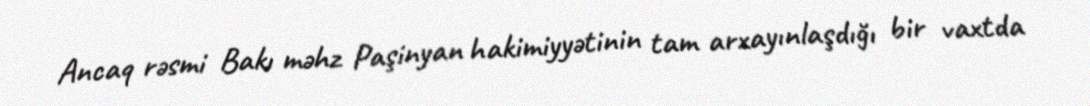
Ancaq rəsmi Bakı məhz Paşinyan hakimiyyətinin tam arxayınlaşdığı bir vaxtda